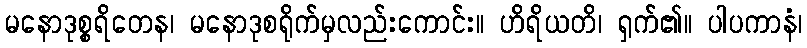
မနောဒုစ္စရိတေန၊ မနောဒုစရိုက်မှလည်းကောင်း။ ဟိရိယတိ၊ ရှက်၏။ ပါပကာနံ၊